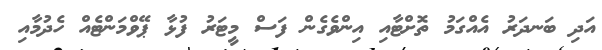
އަދި ބަނދަރު އެއްގަމު ތޮށްޓާއި އިންވެގެން ފަސް މީޓަރު ފުޅާ ޕޭވްމަންޓެއް ހެދުމާއި